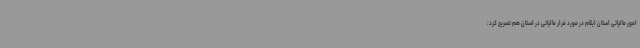
امور مالیاتی استان ایلام در مورد فرار مالیاتی در استان هم تصریح کرد: